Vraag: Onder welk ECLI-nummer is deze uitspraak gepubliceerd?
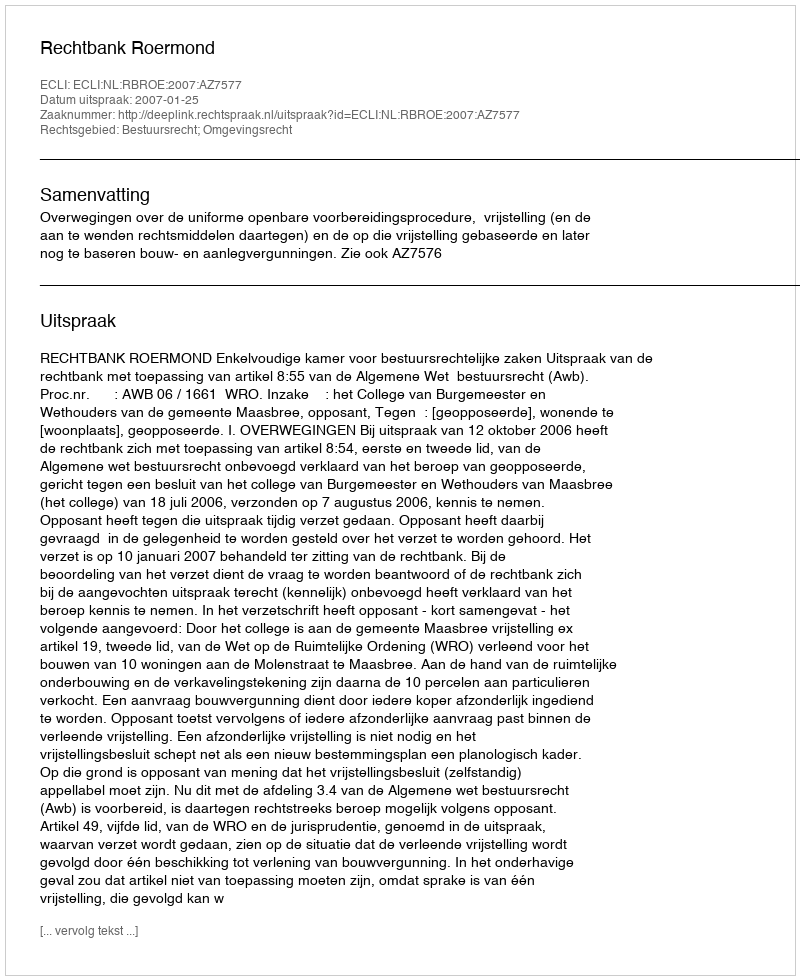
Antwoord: ECLI:NL:RBROE:2007:AZ7577